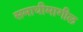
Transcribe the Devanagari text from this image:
समाधीमागील